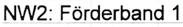
Text: NW2: Förderband 1